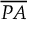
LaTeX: \overline { { P A } }